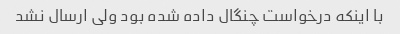
با اینکه درخواست چنگال داده شده بود ولی ارسال نشد